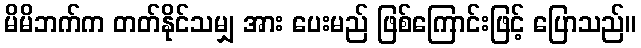
မိမိဘက်က တတ်နိုင်သမျှ အား ပေးမည် ဖြစ်ကြောင်းဖြင့် ပြောသည်။